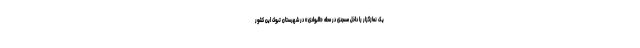
یک نمازگزار را داخل مسجدی در محله «البوادی» در شهرستان تبوک این کشور